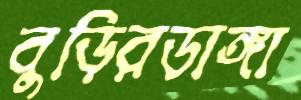
বুড়িরডাঙ্গা